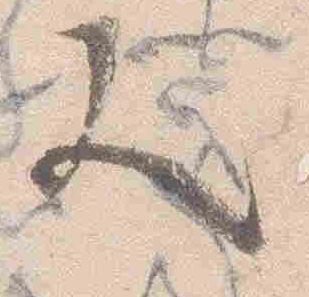
又